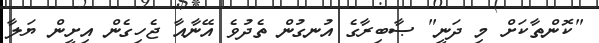
"ކޮންތާކަށް މި ދަނީ" ޞާބިރާގެ އުނގުން ތެދުވެ އޭނާއާ ޖެހިގެން އިށީން ޔަލާ